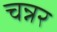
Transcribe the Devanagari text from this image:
चन्नर